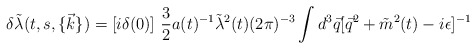
\begin{align*}\delta \tilde {\lambda} (t,s, \{\vec{k}\})=[i\delta (0)]~\frac{3}{2} a(t)^{-1} \tilde{\lambda} ^2(t)(2\pi)^{-3}\int d^3\vec{q} [\vec{q}^2+ \tilde{m}^2(t) - i\epsilon]^{-1}\end{align*}